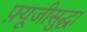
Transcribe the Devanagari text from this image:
फ़्यूजीसुद्धा